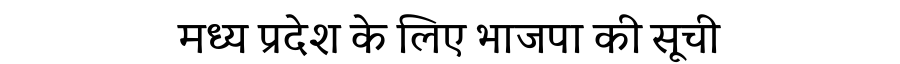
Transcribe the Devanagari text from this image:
मध्य प्रदेश के लिए भाजपा की सूची